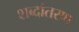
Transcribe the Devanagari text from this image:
शब्दांतरण